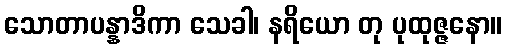
သောတာပန္နာဒိကာ သေခါ၊ နရိယော တု ပုထုဇ္ဇနော။